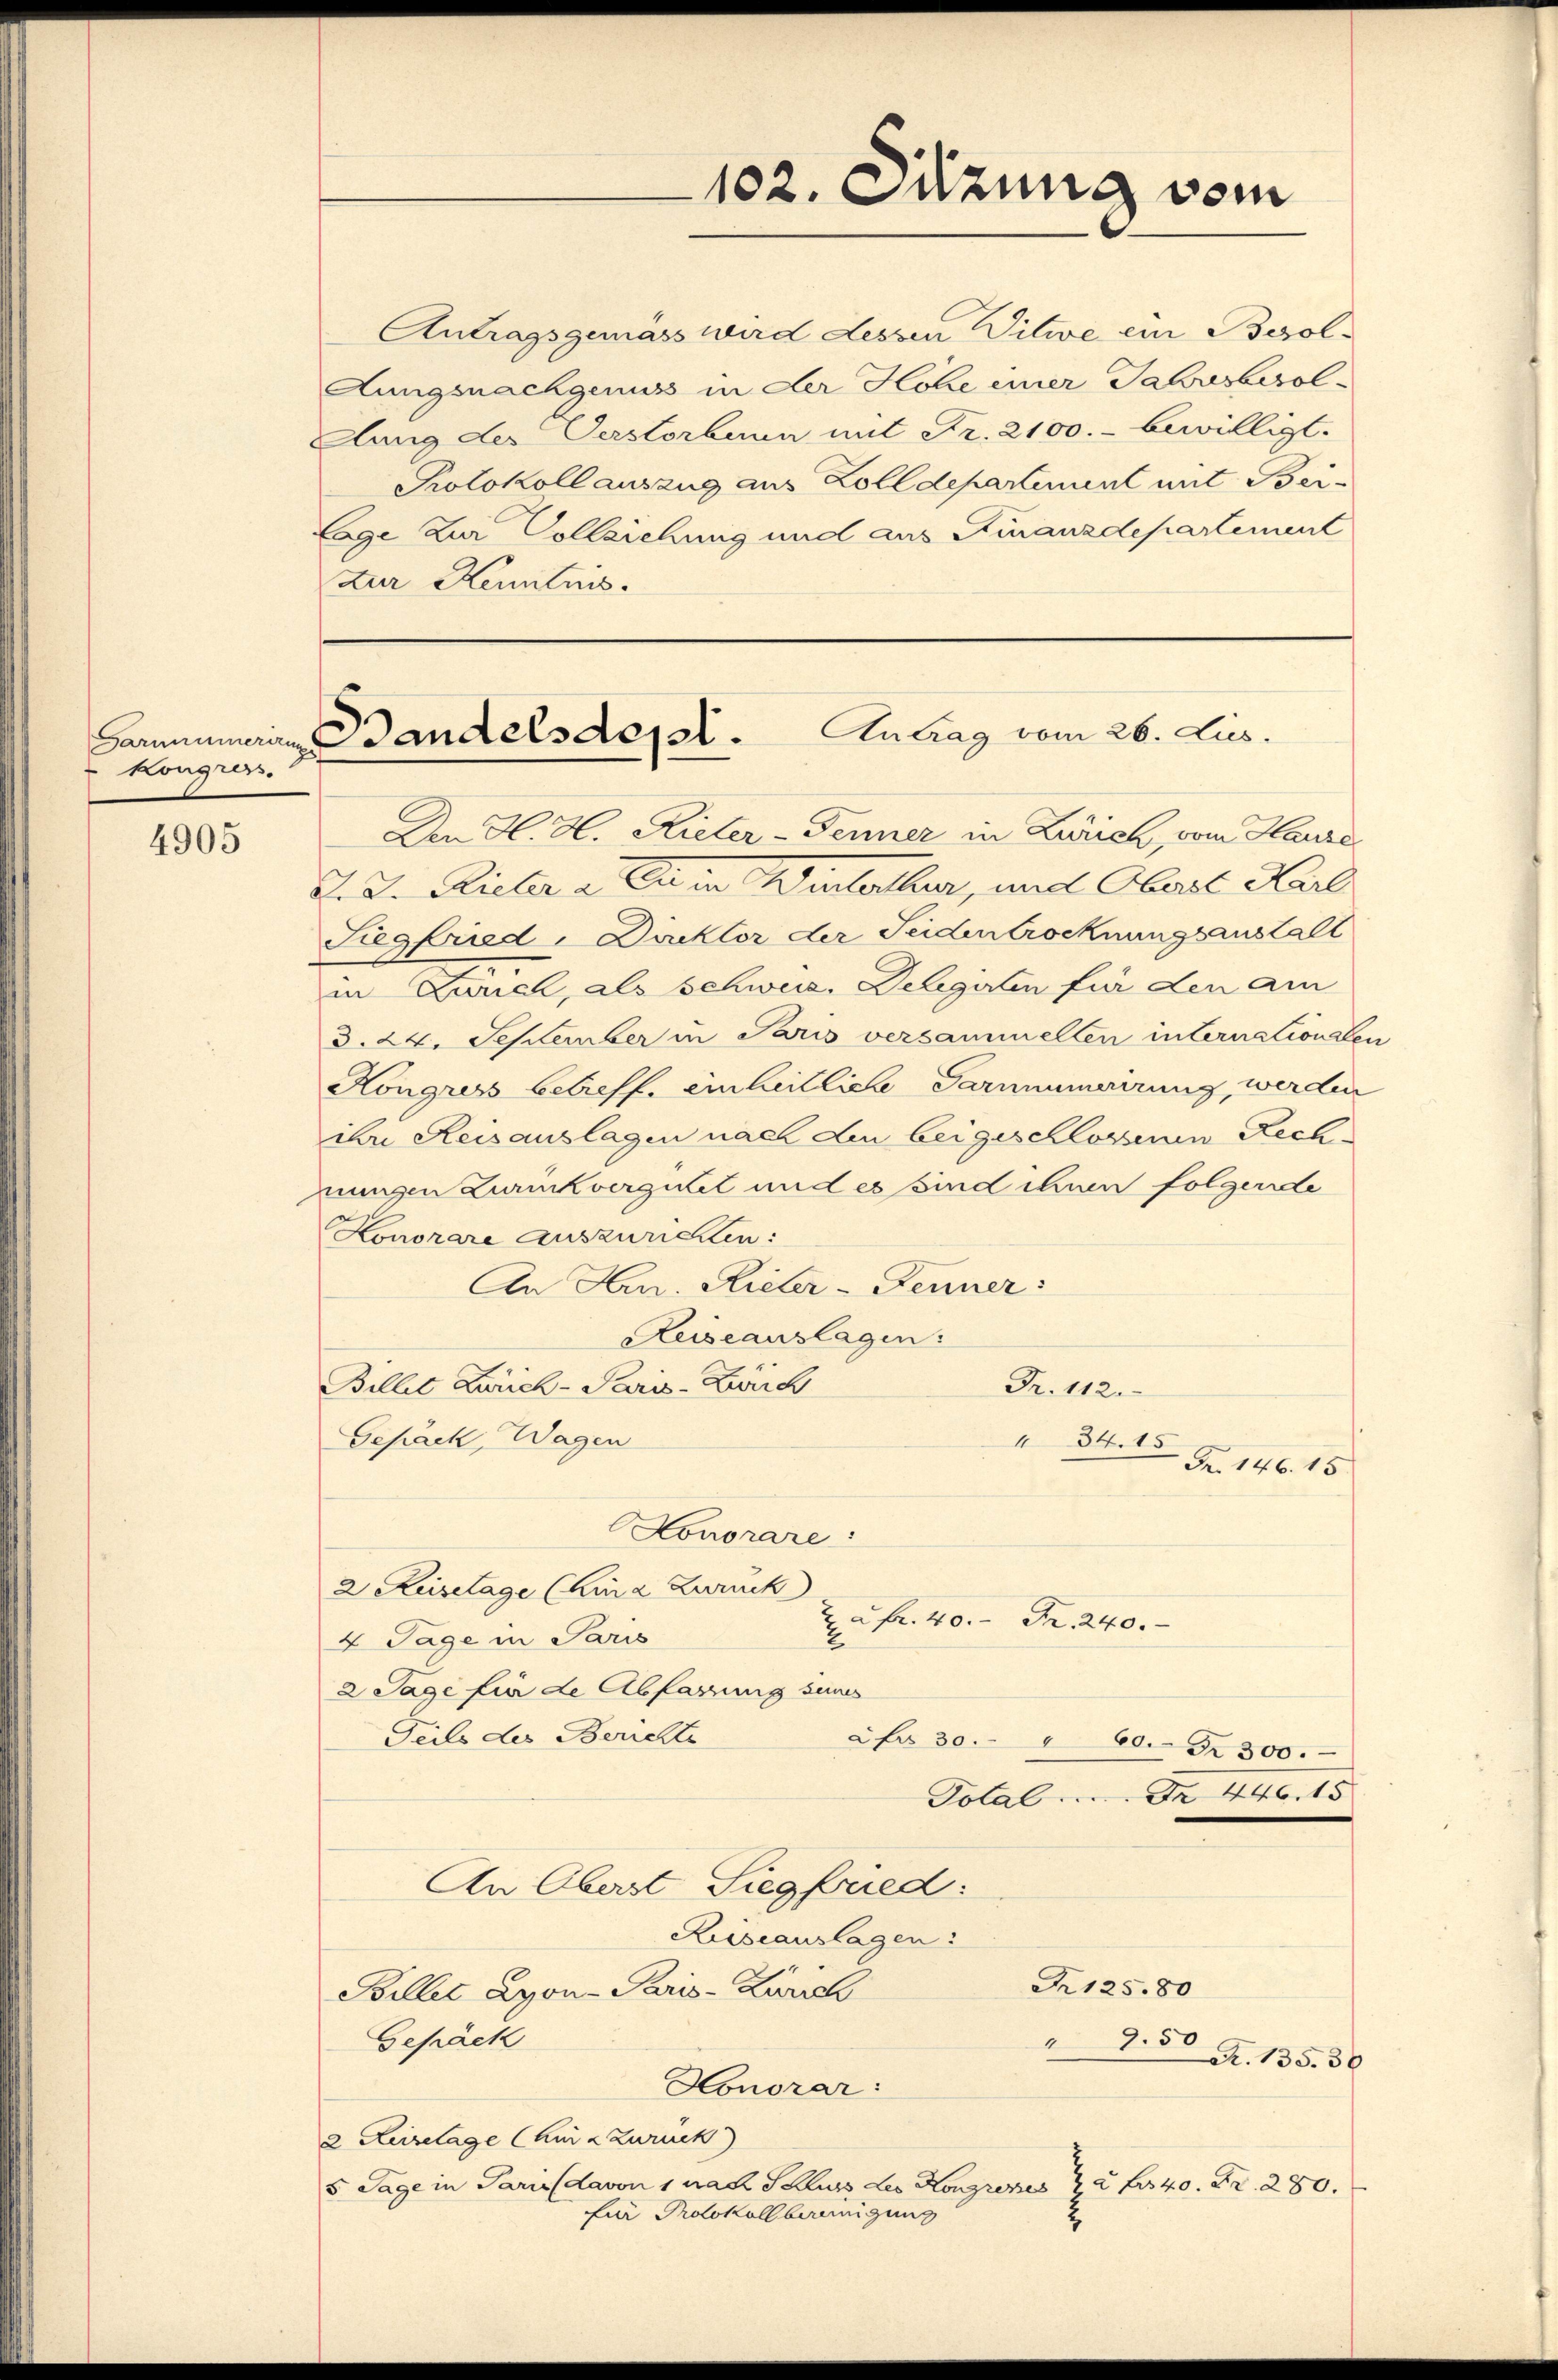
Kongres.

4905

Antragsgemäss wird dessen Vitwe ein Besol¬
Aungsnachgenuss in der Hohe einer Jahresbesol¬
Elung des Verstorbenn mit Fr. 2100.- bewilligt.
Protokollauszug aus Zolldepartement mit Bei¬
Cage zur Vollziehung und aus Finanzdepartement
zur Kenntnis.

102. Sitzung vom

Garminerin Bandelsdepat. Antrag vom 26. Jus

Den H. H. Rieter-Fenner in Zürich, vom Hause,
K. J. Rieter a. Du in Winterthur, und Oberst Karl
Siegfried, Direktor der Seiden trocknungsanstalt
in Lunch, als Schweiz. Delegirten für den am
3. 24. September in Paris versammelten internationaler
Kongress betreff. einheitliche Sarnumerirung, werden
ihre Reisauslagen nach den beigeschlossenen Rechnungen Zurückvergütet und es sind ihnen folgende
Honorare auszurichten:
An Hrn. Rieter-Fenner:
Auiseauslagen:
Billet Zürich-Paris-Zürich
Fr. 112.
Gepack, Wagen
34.1
 Fr. 146. 15.
Lonorare:
2 Reisetage (Kina Zurück
& à Fr. 40. Fr. 240.
4 Tage in Paris
2
2 Tage fie de Abfassung seines
Teils der Berichte
Afro 30. 60. Fr. 300.
Polal ..... Dr. 446. 15.
An Oberst Siegfried:
Leseauslagen:
Nr 125.80
Billet Lyon-Paris - Zürich
Gepäck
" 250
A. 135. 36
Honorar:
2. Keiselage (Kurz zurück
5 Tage in Paris davon 1 nach Schluss des Kongrenes 22 Fr. 40. Fr. 280.
fi Protokoll bereinigung